Problem: 3 × 8 = ?
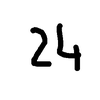
Handwritten answer: 24